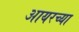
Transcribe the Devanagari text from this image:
आयरच्या